Civil Veterinary Dept. Bombay admin report 1893-99 - 1893-1899
Year: 1893
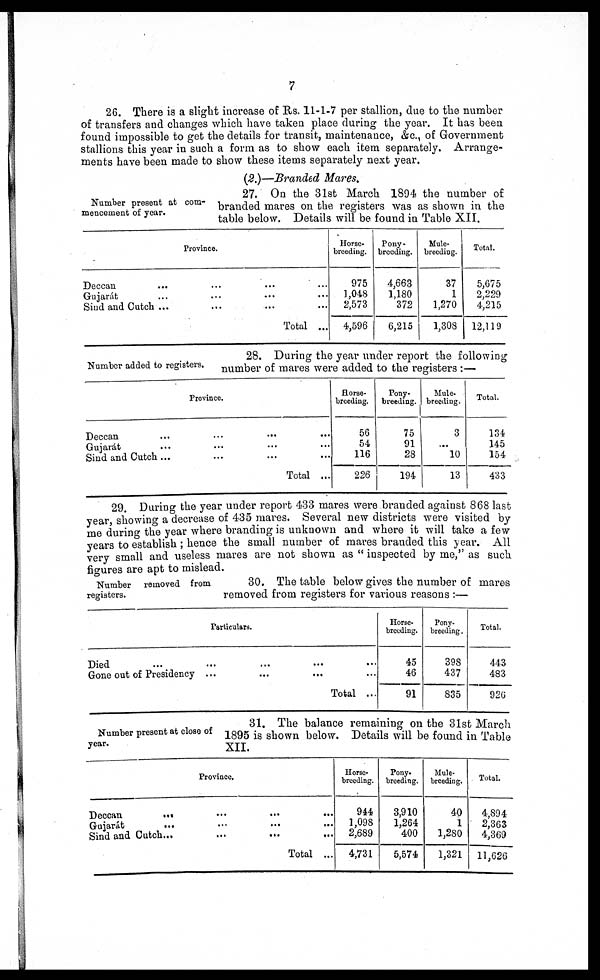
7
26. There is a slight increase of Rs. 11-1-7 per stallion, due to the number
of transfers and changes which have taken place during the year. It has been
found impossible to get the details for transit, maintenance, &c., of Government
stallions this year in such a form as to show each item separately. Arrange-
ments have been made to show these items separately next year.
(2.)—Branded Mares.
Number present at com-
mencement of year.
27. On the 31st March 1894 the number of
branded mares on the registers was as shown in the
table below. Details will be found in Table XII.
Province.
Deccan ... ... ... ...
Gujarat ... ... ... ...
Sind and Cutch ... ... ... ...
Total ...
Horse-
breeding.
975
1,048
2,573
4,596
Pony-
breeding.
4,663
1,180
372
6,215
Mule-
breeding.
37
1
1,270
1,308
Total.
5,675
2,229
4,215
12,119
Number added to registers.
28. During the year under report the following
number of mares were added to the registers :—
Province.
Deccan ... ... ...
Gujarát
Sind and Cutch ...
Total ...
Horse-
breeding.
56
54
116
226
Pony-
breeding.
75
91
28
194
Mule-
breeding.
3
...
10
13
Total.
134
145
154
433
29. During the year under report 433 mares were branded against 868 last
year, showing a decrease of 435 mares. Several new districts were visited by
me during the year where branding is unknown and where it will take a few
years to establish ; hence the small number of mares branded this year. All
very small and useless mares are not shown as " inspected by me," as such
figures are apt to mislead.
Number removed from
registers.
30. The table below gives the number of mares
removed from registers for various reasons :—
Particulars.
Died ... ... ... ... ...
Gone out of Presidency ... ... ... ... ...
Total ...
Horse-
breeding.
45
46
91
Pony-
breeding.
398
437
835
Total.
443
483
920
Number present at close of
year.
31. The balance remaining on the 31st March
1895 is shown below. Details will be found in Table
XII.
Province.
Deccan ... ... ... ...
Gujarát
... ... ... ...
Sind and Cutch ... ... ... ...
Total ... ... ... ...
Horse-
breeding.
944
1,098
2,689
4,731
Pony-
breeding.
3,910
1,264
400
5,574
Mule-
breeding.
40
1
1,280
1,321
Total.
4,894
2,363
4,369
11,626